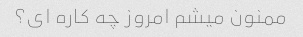
ممنون میشم امروز چه کاره ای؟